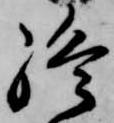
終